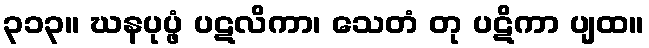
၃၁၃။ ဃနပုပ္ဖံ ပဋလိကာ၊ သေတံ တု ပဋိကာ ပျထ။